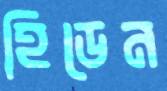
হিডেন